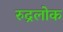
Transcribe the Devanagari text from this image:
रुद्रलोक